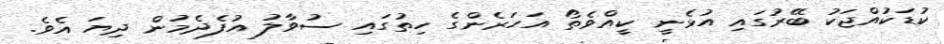
ކުޑަކުއްޖަކު ބޭރުގައި އުޅެނީ ކީއްވެތޯ އަހަރެންގެ ހިތުގައި ސުވާލު އުފެދެމުން ދިޔަ އެވެ.